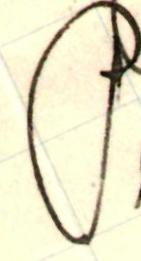
P